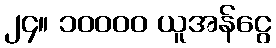
၂၄။ ၁၀၀၀၀ ယူအန်ငွေ